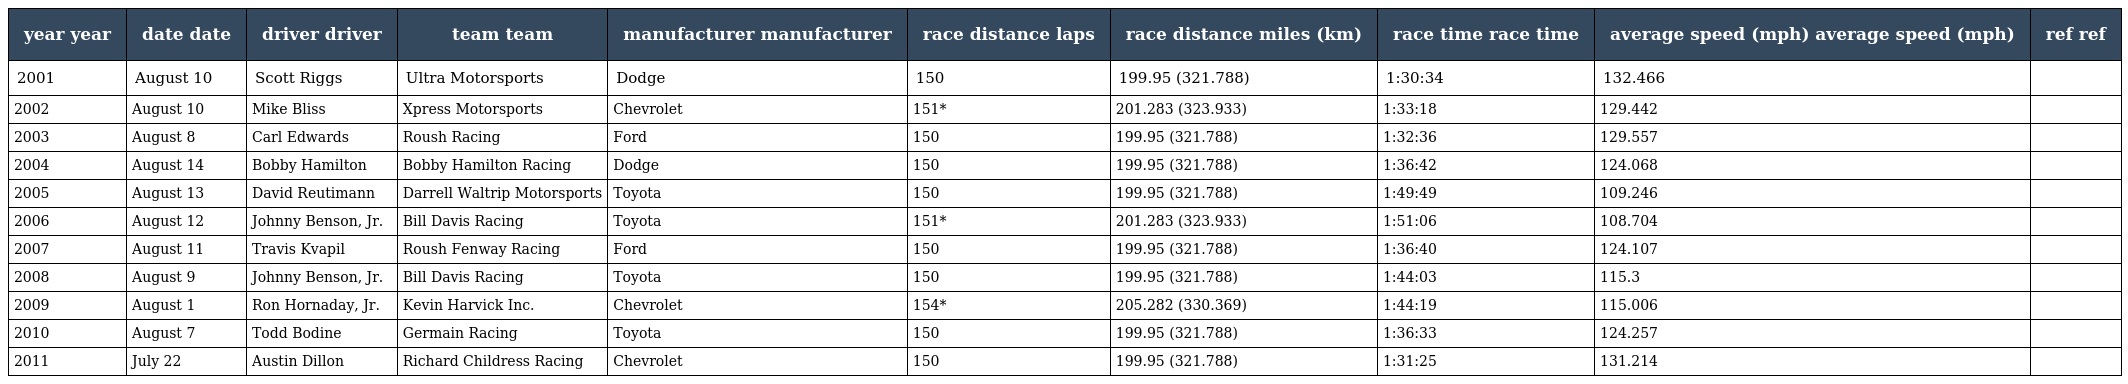
| year year | date date | driver driver | team team | manufacturer manufacturer | race distance laps | race distance miles (km) | race time race time | average speed (mph) average speed (mph) | ref ref |
 | --- | --- | --- | --- | --- | --- | --- | --- | --- | --- |
 | 2001 | August 10 | Scott Riggs | Ultra Motorsports | Dodge | 150 | 199.95 (321.788) | 1:30:34 | 132.466 |  |
 | 2002 | August 10 | Mike Bliss | Xpress Motorsports | Chevrolet | 151* | 201.283 (323.933) | 1:33:18 | 129.442 |  |
 | 2003 | August 8 | Carl Edwards | Roush Racing | Ford | 150 | 199.95 (321.788) | 1:32:36 | 129.557 |  |
 | 2004 | August 14 | Bobby Hamilton | Bobby Hamilton Racing | Dodge | 150 | 199.95 (321.788) | 1:36:42 | 124.068 |  |
 | 2005 | August 13 | David Reutimann | Darrell Waltrip Motorsports | Toyota | 150 | 199.95 (321.788) | 1:49:49 | 109.246 |  |
 | 2006 | August 12 | Johnny Benson, Jr. | Bill Davis Racing | Toyota | 151* | 201.283 (323.933) | 1:51:06 | 108.704 |  |
 | 2007 | August 11 | Travis Kvapil | Roush Fenway Racing | Ford | 150 | 199.95 (321.788) | 1:36:40 | 124.107 |  |
 | 2008 | August 9 | Johnny Benson, Jr. | Bill Davis Racing | Toyota | 150 | 199.95 (321.788) | 1:44:03 | 115.3 |  |
 | 2009 | August 1 | Ron Hornaday, Jr. | Kevin Harvick Inc. | Chevrolet | 154* | 205.282 (330.369) | 1:44:19 | 115.006 |  |
 | 2010 | August 7 | Todd Bodine | Germain Racing | Toyota | 150 | 199.95 (321.788) | 1:36:33 | 124.257 |  |
 | 2011 | July 22 | Austin Dillon | Richard Childress Racing | Chevrolet | 150 | 199.95 (321.788) | 1:31:25 | 131.214 |  |